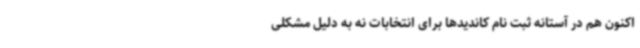
اکنون هم در آستانه ثبت نام کاندیدها برای انتخابات نه به دلیل مشکلی